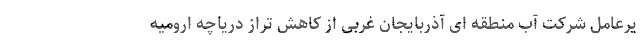
یرعامل شرکت آب منطقه ای آذربایجان غربی از کاهش تراز دریاچه ارومیه